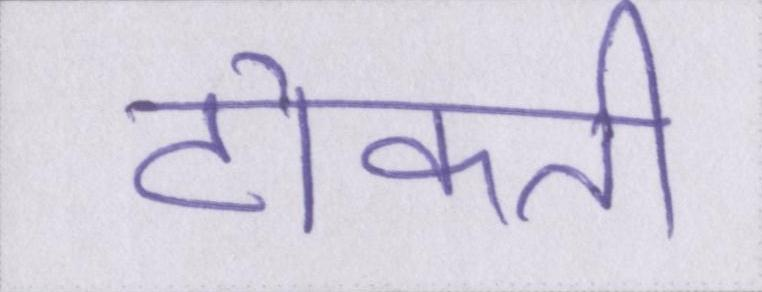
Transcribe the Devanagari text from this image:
टोकती